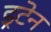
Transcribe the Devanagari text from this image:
ड्रटेन